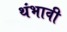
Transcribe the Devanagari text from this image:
थंभावी